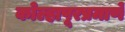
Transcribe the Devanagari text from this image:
कोल्हापूरप्रमाणे